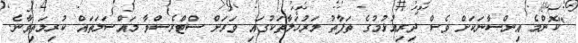
"ކޮންމެ އިންސާނަކަށް ވެސް ދިރިއުޅުމުގެ ތަފާތު މަރުހަލާތަކުގައި ވަރަށް ސްޓްރެސްވާ މައްސަލަތައް ކުރިމަތިވާނެ.